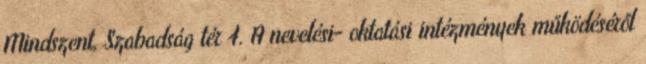
Mindszent, Szabadság tér 4. A nevelési- oktatási intézmények működéséről